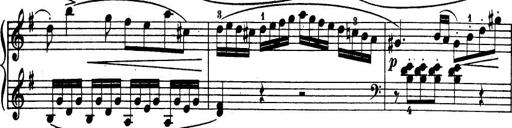
Title: 32 Sonatinas and Rondos for the Piano
Composer: Richard Kleinmichel